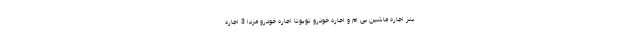
بنز اجاره ماشین بی ام و اجاره خودرو تویوتا اجاره خودرو مزدا 3 اجاره